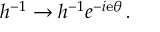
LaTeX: h ^ { - 1 } \to h ^ { - 1 } { e } ^ { - i { \mathrm { e } } \theta } \, .